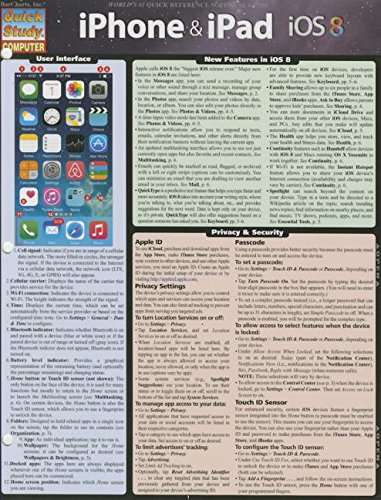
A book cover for Iphone & Ipad Ios 8 (Quick Study Computer); Inc. BarCharts; Computers & Technology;